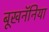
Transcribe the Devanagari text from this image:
बूखनॅनिया